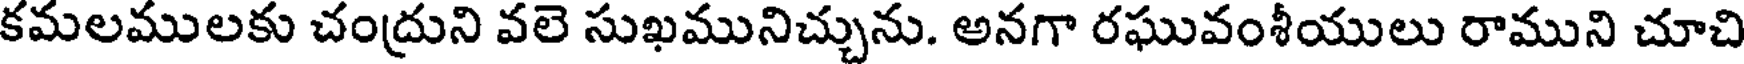
కమలములకు చంద్రుని వలె సుఖమునిచ్చును. అనగా రఘువంశీయులు రాముని చూచి